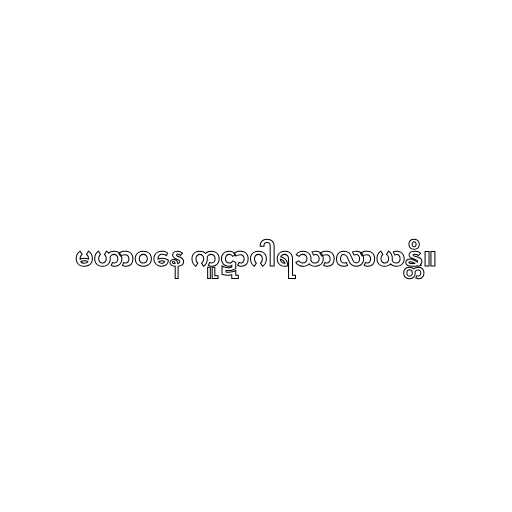
မဟာဝနေ ကူဋာဂါရသာလာယန္တိ။